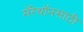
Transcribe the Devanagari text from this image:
मॅरेथॉनसाठी